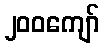
၂၀၀ကျော်